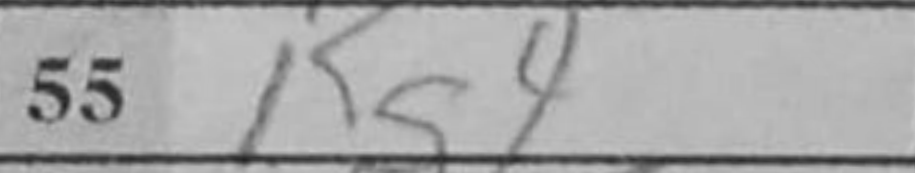
Transcription: Kg4